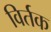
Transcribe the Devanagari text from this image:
विर्तक